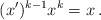
LaTeX: \begin{align*} (x')^{k-1} x^k = x\,. \end{align*}